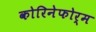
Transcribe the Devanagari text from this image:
कोरिनेफोर्म